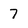
Character: 7